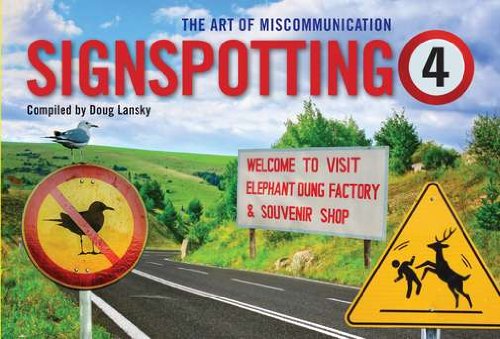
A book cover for Signspotting 4: The Art of Miscommunication; Doug Lansky; Humor & Entertainment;